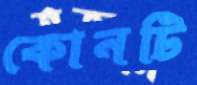
কোনটি